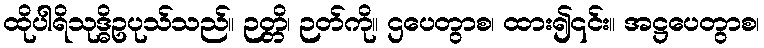
ထိုပါရိသုဒ္ဓိဥပုသ်သည်။ ဉတ္တိ၊ ဉတ်ကို။ ဌပေတွာစ၊ ထား၍၎င်း။ အဋ္ဌပေတွာစ၊